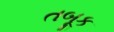
તબૂક